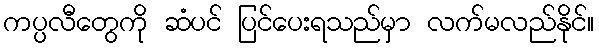
ကပ္ပလီတွေကို ဆံပင် ပြင်ပေးရသည်မှာ လက်မလည်နိုင်။